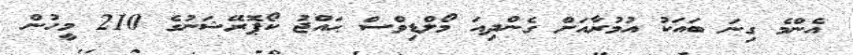
އެންމެ ގިނަ ބައަކު އުމުރާއަށް ގެންދިއަ މޯލްޑިވްސް ޙައްޖު ކޯޕޮރޭޝަނުގެ 210 މީހުން